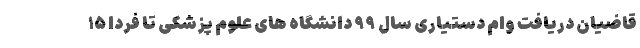
قاضیان دریافت وام دستیاری سال ۹۹ دانشگاه های علوم پزشکی تا فردا ۱۵